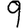
Digit: 9